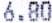
6.80